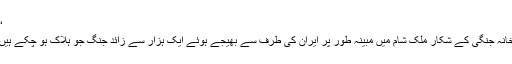
‘‘
خانہ جنگی کے شکار ملک شام میں مبینہ طور پر ایران کی طرف سے بھیجے ہوئے ایک ہزار سے زائد جنگ جو ہلاک ہو چکے ہیں۔